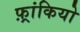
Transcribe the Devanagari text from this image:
फ़्रांकियो